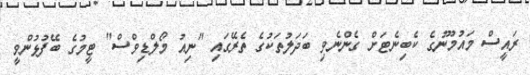
ރައީސް މައުމޫނުގެ ކެބިނެޓަށް ގެންނެވި ބަދަލުތަކުގެ ތެރޭގައި "ނިއު މޯލްޑިވްސް" ޓީމުގެ ބޭފުޅުންވީ